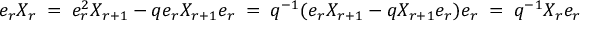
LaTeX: e _ { r } X _ { r } \; = \; e _ { r } ^ { 2 } X _ { r + 1 } - q e _ { r } X _ { r + 1 } e _ { r } \; = \; q ^ { - 1 } ( e _ { r } X _ { r + 1 } - q X _ { r + 1 } e _ { r } ) e _ { r } \; = \; q ^ { - 1 } X _ { r } e _ { r }